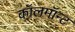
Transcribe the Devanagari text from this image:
कॉलमॉन्ट